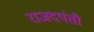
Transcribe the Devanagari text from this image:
राजदपंती